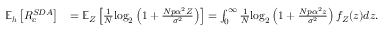
\begin{array} { r l } { \mathbb { E } _ { \boldsymbol { h } } \left[ R _ { c } ^ { S D A } \right] } & { = \mathbb { E } _ { Z } \left[ \frac { 1 } { N } \mathrm { l o g } _ { 2 } \left( 1 + \frac { N p \alpha ^ { 2 } Z } { \sigma ^ { 2 } } \right) \right] = \int _ { 0 } ^ { \infty } \frac { 1 } { N } \mathrm { l o g } _ { 2 } \left( 1 + \frac { N p \alpha ^ { 2 } z } { \sigma ^ { 2 } } \right) f _ { Z } ( z ) d z . } \end{array}